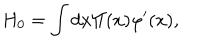
H _ { 0 } = \int d x \Pi ( x ) \varphi ^ { \prime } ( x ) ,